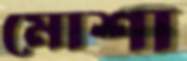
মোশা